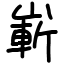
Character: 嶄